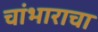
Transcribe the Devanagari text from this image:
चांभाराचा